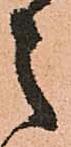
之